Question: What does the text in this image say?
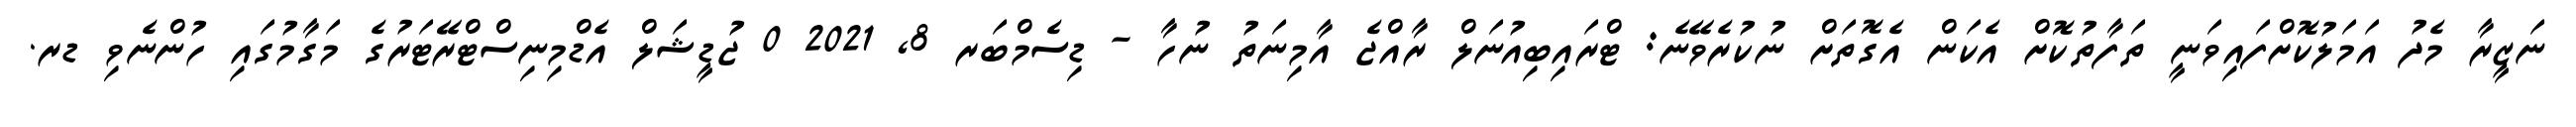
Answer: ނަޒީރާ މެދު އަމަލުކޮށްފައިވަނީ ތަފާތުކޮށް އެކަން އެގޮތަށް ނުކުރެވޭނެ: ޓްރައިބިއުނަލް ރާއްޖެ އާމިނަތު ނުހާ - ޑިސެމްބަރ 8, 2021 0 ޖުޑީޝަލް އެޑްމިނިސްޓްރޭޓަރުގެ މަގާމުގައި ހުންނެވި ޑރ.